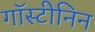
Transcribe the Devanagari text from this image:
गॉस्टीनिन